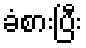
ခံစားပြီး